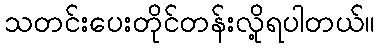
သတင်းပေးတိုင်တန်းလို့ရပါတယ်။